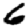
Digit: 6